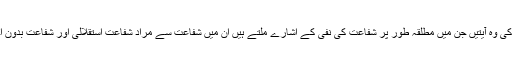
قرآن کریم کی وہ آیتیں جن میں مطلقہ طور پر شفاعت کی نفی کے اشارے ملتے ہیں ان میں شفاعت سے مراد شفاعت استقلالی اور شفاعت بدون اجازت ہے۔